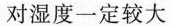
对湿度一定较大